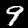
Label: 9